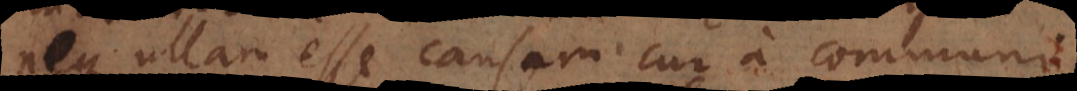
neque ullam esse causam cur a communi